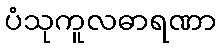
ပံသုကူလဓာရဏာ